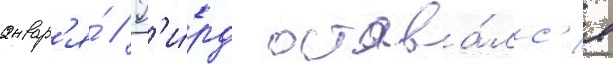
январ'я́ // Г'и́рд остава́лс'я